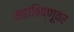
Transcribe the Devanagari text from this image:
महाविष्णूवर